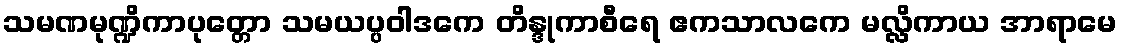
သမဏမုဏ္ဍိကာပုတ္တော သမယပ္ပဝါဒကေ တိန္ဒုကာစီရေ ဧကသာလကေ မလ္လိကာယ အာရာမေ